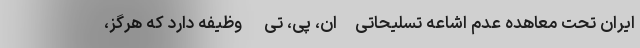
ایران تحت معاهده عدم اشاعه تسلیحاتی-ان، پی، تی- وظیفه دارد که هرگز،